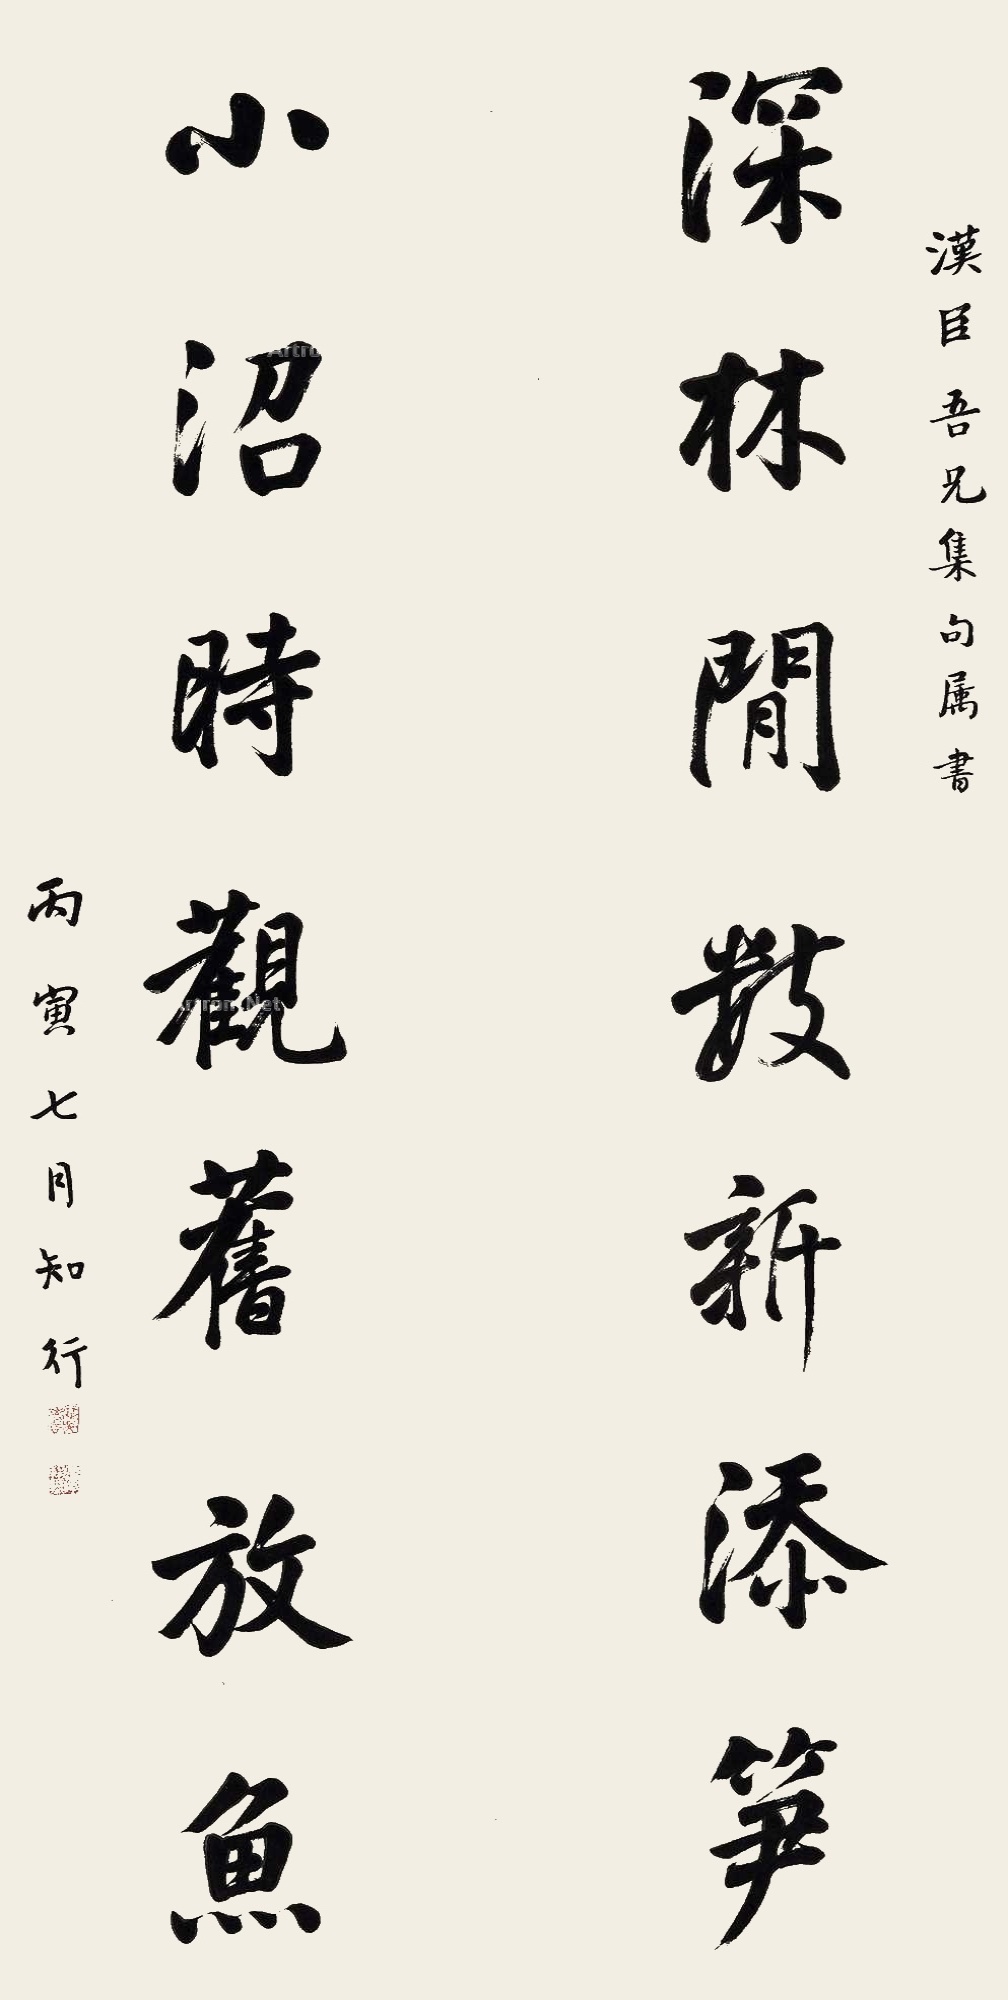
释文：深林闲数新添笋，小沼时观旧放鱼。汉臣吾兄集句属书，丙寅（1926）七月，行知。